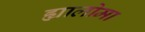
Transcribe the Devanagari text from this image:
ह्यालोमा